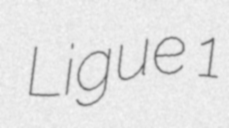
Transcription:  Ligue 1